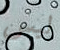
ليس